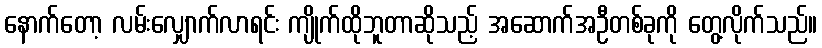
နောက်တော့ လမ်းလျှောက်လာရင်း ကျိုက်ထိုဘူတာဆိုသည့် အဆောက်အဦတစ်ခုကို တွေ့လိုက်သည်။